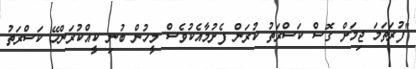
"ފުރަތަމަ ޖިމަށް ގޮސް ކަސްރަތު ކުރަން ފެށުމާއެކުވެސް މީހުން ބުނި ކީއްކުރަންހޭ ކަސްރަތު